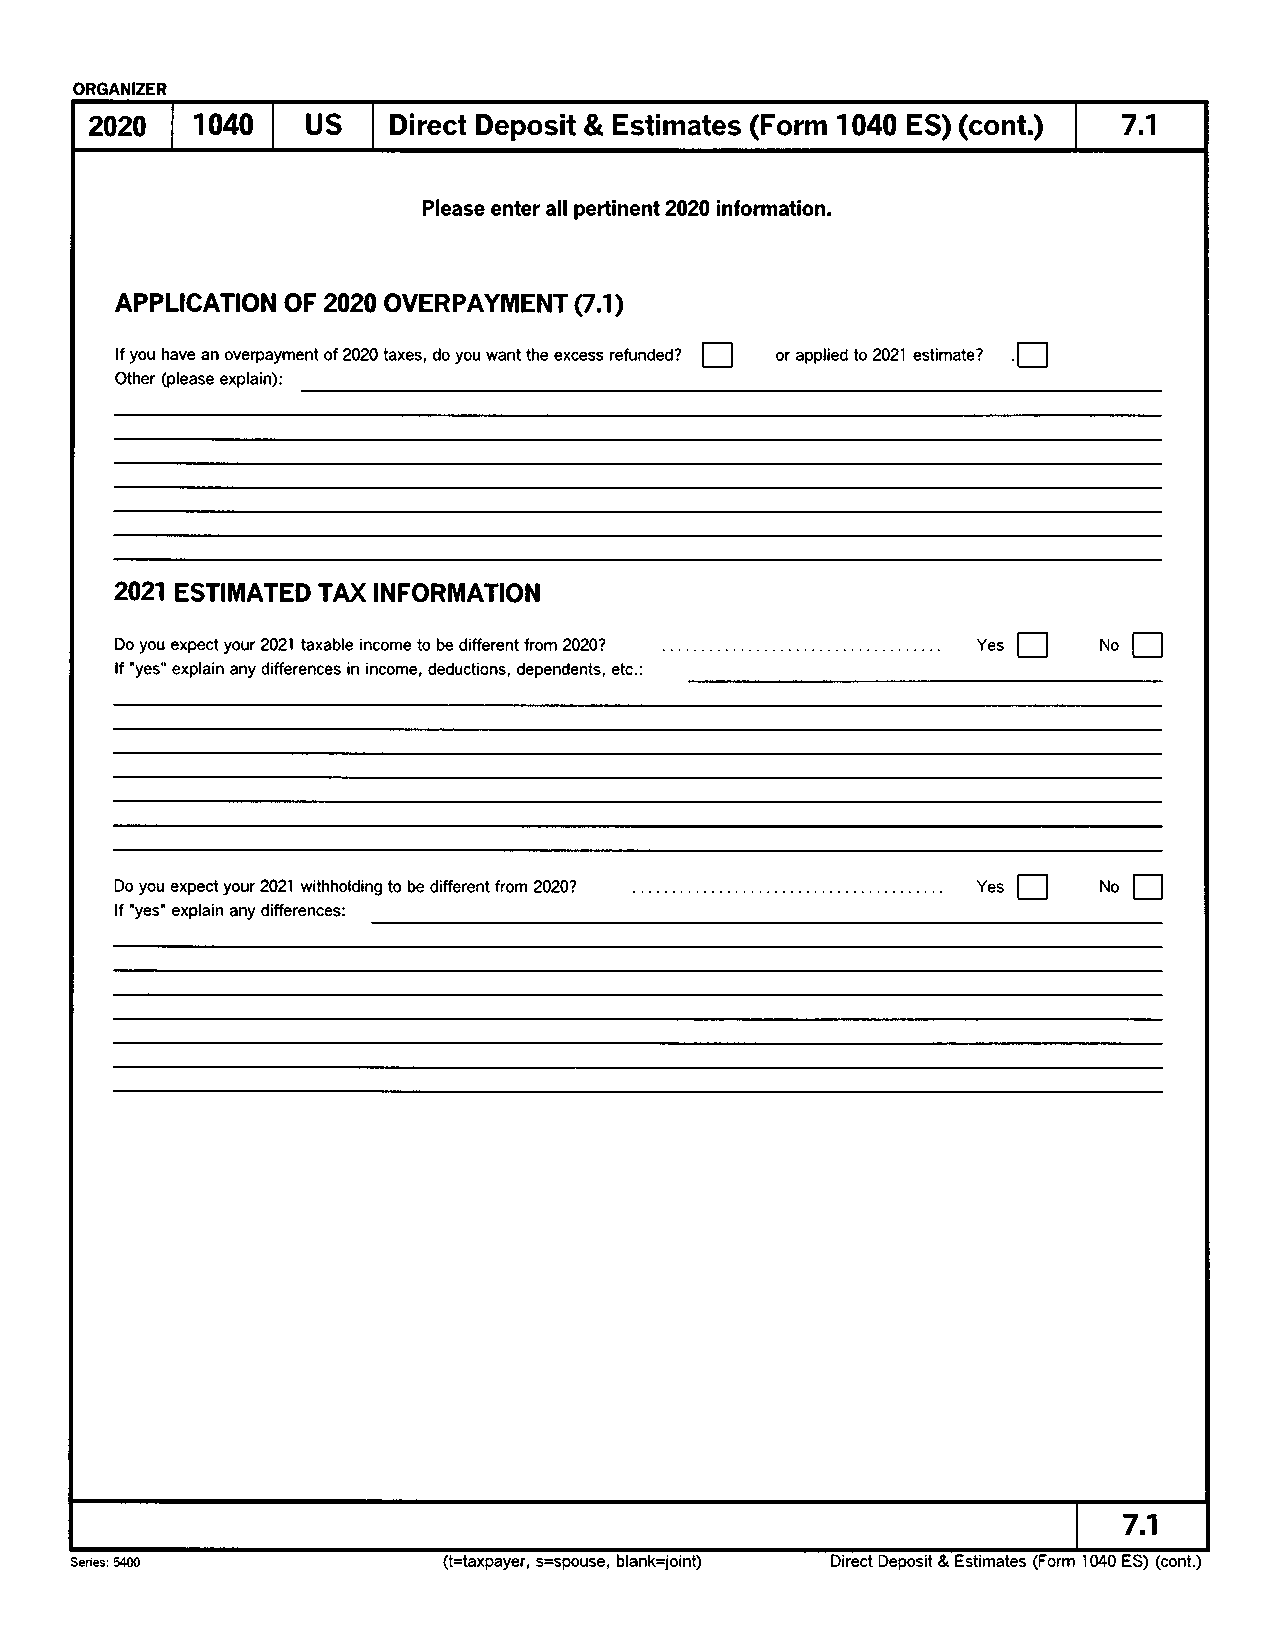
ORGANIZER
 2020   1040   US    Direct Deposit & Estimates (Form 1040 ES) (cont.) 7.1
 Please enter all pertinent 2A20 information.
 APPLICATTON OF 2A20 OVERPAYMENT Q.1)
 E
 lf you have an overpayment of 2020 taxes, do you want the excess refunded? or applied to 2021 estimate?
 Other (please explain):
 2021 ESTIMATED TAX INFORMATION
 Do you expect your 2021 taxable income to be different from 2020? Yes E No
 lf 'yes" explain any differences in income, deductions, dependents, etc.:
 t]      tr
 Do you expect your 2021 withholding to be different from 2020? Yes No
 lf "yes' explain any differences:
 7.1
 Series: 5400                  , s=spouse,                               (cont.)